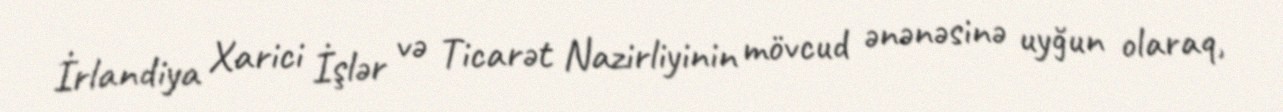
İrlandiya Xarici İşlər və Ticarət Nazirliyinin mövcud ənənəsinə uyğun olaraq,